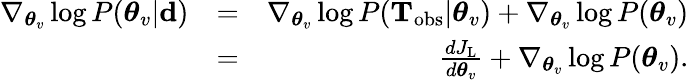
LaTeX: \begin{array}{rlr}{\nabla_{\boldsymbol{\theta}_{v}}\log P(\boldsymbol{\theta}_{v}|{\mathbf d})}&{=}&{\nabla_{\boldsymbol{\theta}_{v}}\log P(\mathbf{T}_{\mathrm{obs}}|\boldsymbol{\theta}_{v})+\nabla_{\boldsymbol{\theta}_{v}}\log P(\boldsymbol{\theta}_{v})}\\ &{=}&{\frac{dJ_{\mathrm{L}}}{d\boldsymbol{\theta}_{v}}+\nabla_{\boldsymbol{\theta}_{v}}\log P(\boldsymbol{\theta}_{v}).}\end{array}